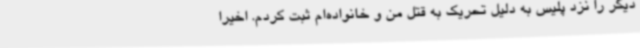
دیگر را نزد پلیس به دلیل تحریک به قتل من و خانواده‌ام ثبت کردم. اخیرا